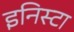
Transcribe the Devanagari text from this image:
इनिस्टा